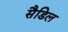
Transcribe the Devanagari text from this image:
सैडिल